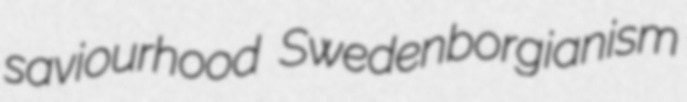
saviourhood Swedenborgianism